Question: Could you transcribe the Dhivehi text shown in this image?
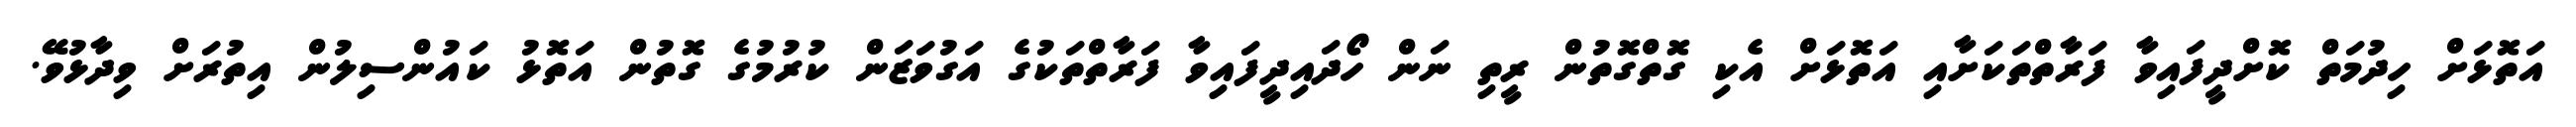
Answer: އަތޮޅަށް ހިދުމަތް ކޮށްދީފައިވާ ފަރާތްތަކަށާއި އަތޮޅަށް އެކި ގޮތްގޮތުން ރީތި ނަން ހޯދައިދީފައިވާ ފަރާތްތަކުގެ އަގުވަޒަން ކުރުމުގެ ގޮތުން އަތޮޅު ކައުންސިލުން އިތުރަށް ވިދާޅުވޭ.